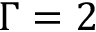
\Gamma = 2